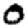
Digit: 0